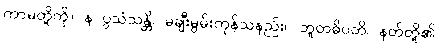
ကာမတို့ကို။ န ပ္ပသံသန္တိ၊ မချီးမွမ်းကုန်သနည်း။ ဘူတဓိပတိ၊ နတ်တို့၏